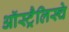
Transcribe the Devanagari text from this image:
ऑस्ट्रैलिस्चे